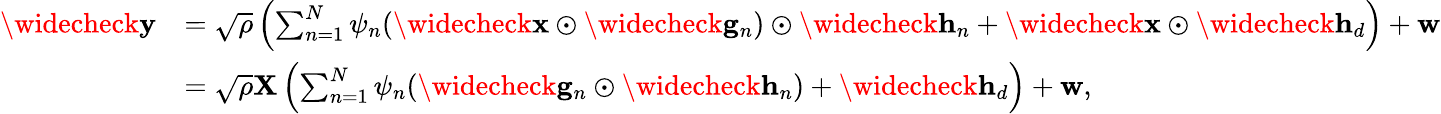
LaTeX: \begin{array}{rl}{\widecheck{\mathbf{y}}}&{=\sqrt{\rho}\left(\sum_{n=1}^{N}\psi_{n}(\widecheck{\mathbf{x}}\odot\widecheck{\mathbf{g}}_{n})\odot\widecheck{\mathbf{h}}_{n}+\widecheck{\mathbf{x}}\odot\widecheck{\mathbf{h}}_{d}\right)+\mathbf{w}}\\ &{=\sqrt{\rho}\mathbf{X}\left(\sum_{n=1}^{N}\psi_{n}(\widecheck{\mathbf{g}}_{n}\odot\widecheck{\mathbf{h}}_{n})+\widecheck{\mathbf{h}}_{d}\right)+\mathbf{w},}\end{array}